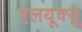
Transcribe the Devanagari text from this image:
एलयूक्यू